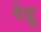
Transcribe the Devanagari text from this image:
पेद्रू